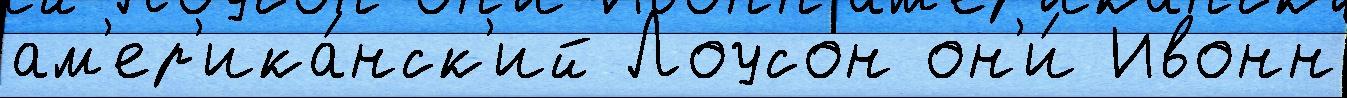
ам'ер'ика́нск'ий Лоусон он'и́ Ивонн